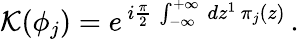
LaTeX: {\cal K}(\phi_{j})=e^{\, i\frac{\pi}{2}\, \int_{-\infty}^{+\infty}\, dz^{1}\, \pi_{j}(z)}\, .